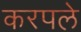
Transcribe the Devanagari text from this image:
करपले